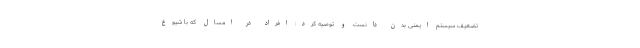
تضعیف سیستم ایمنی بدن دانست و توصیه کرد: افراد در امسال که با شیوع